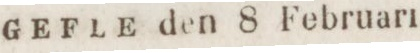
GEFLE den 8 Februari.